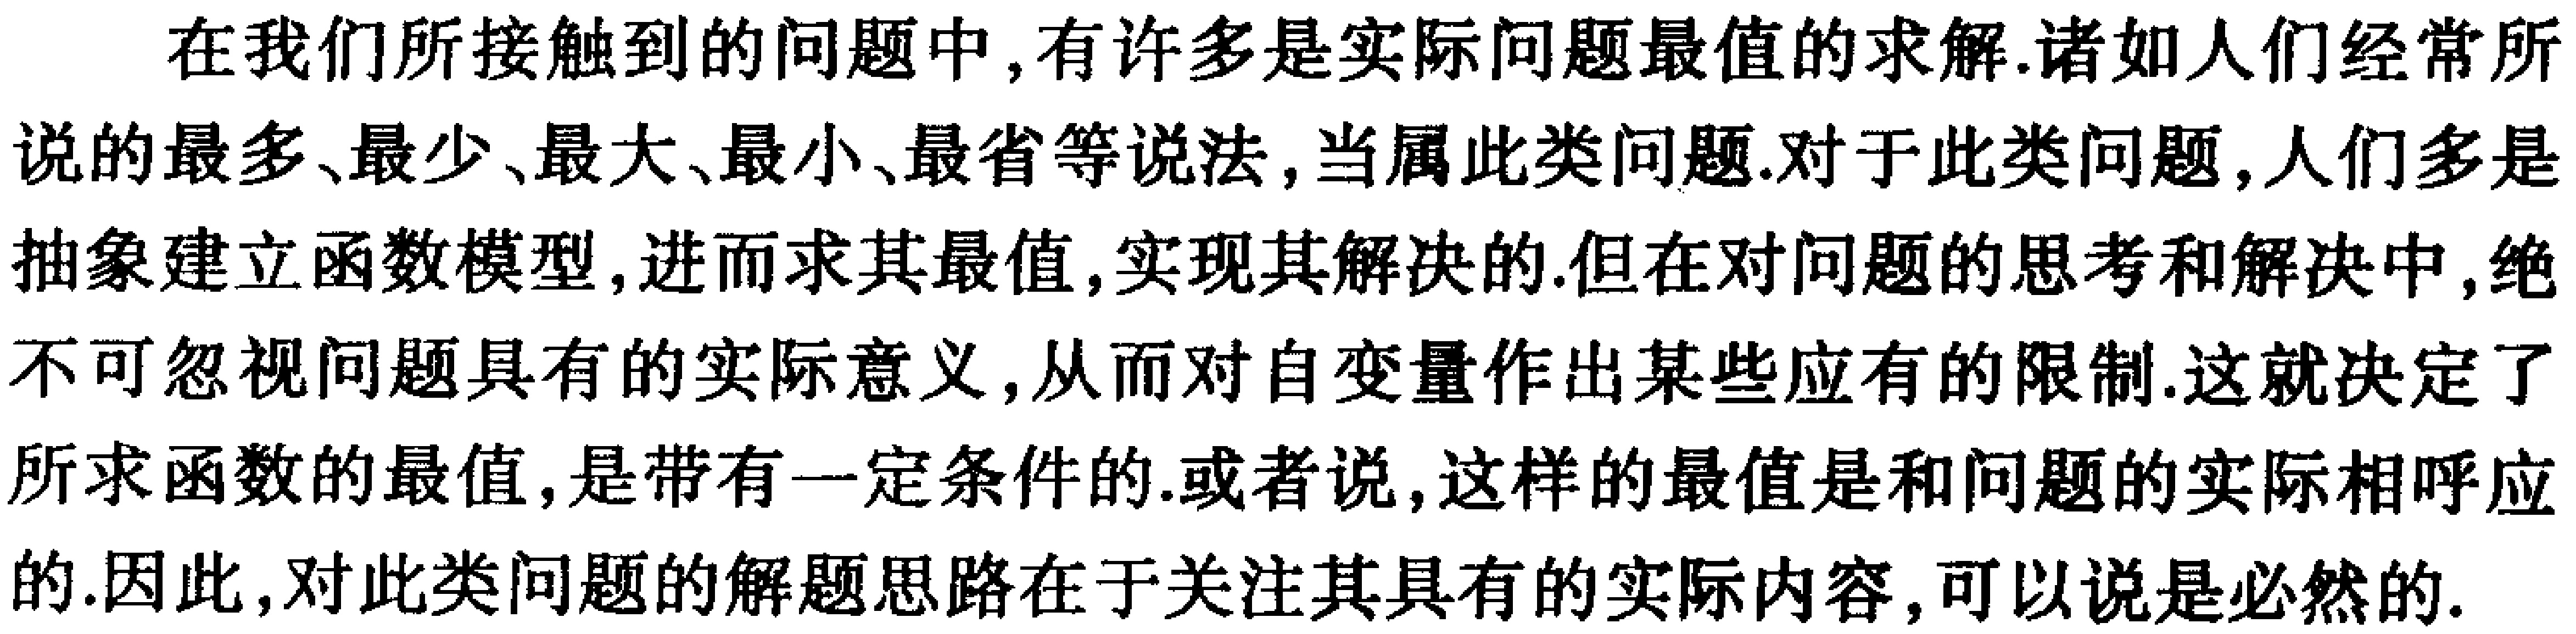
在我们所接触到的问题中,有许多是实际问题最值的求解.诸如人们经常所说的最多、最少、最大、最小、最省等说法,当属此类问题.对于此类问题,人们多是抽象建立函数模型,进而求其最值,实现其解决的.但在对问题的思考和解决中,绝不可忽视问题具有的实际意义,从而对自变量作出某些应有的限制.这就决定了所求函数的最值,是带有一定条件的.或者说,这样的最值是和问题的实际相呼应的.因此,对此类问题的解题思路在于关注其具有的实际内容,可以说是必然的.